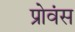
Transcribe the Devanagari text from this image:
प्रोवंस